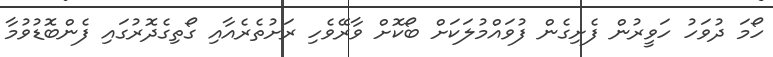
ހޯމަ ދުވަހު ހަވީރުން ފެށިގެން ފުވައްމުލަކަށް ބޯކޮށް ވާރޭވެހި ރަށުތެރެއާއި ގޯތިގެދޮރުގައި ފެންބޮޑުވުމާ